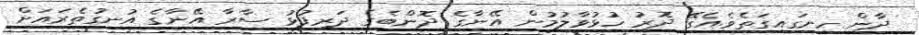
ދާން ހިނގައިގަތެވެ.އެގޭ ދޮރު ހުޅުވާލުމުން އޭނާގެ ދޮންބެގެ ދަރިފުޅު ސާރާ އޭނާގެ އުނގުތެރައަށް